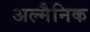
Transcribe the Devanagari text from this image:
अल्मैनिक